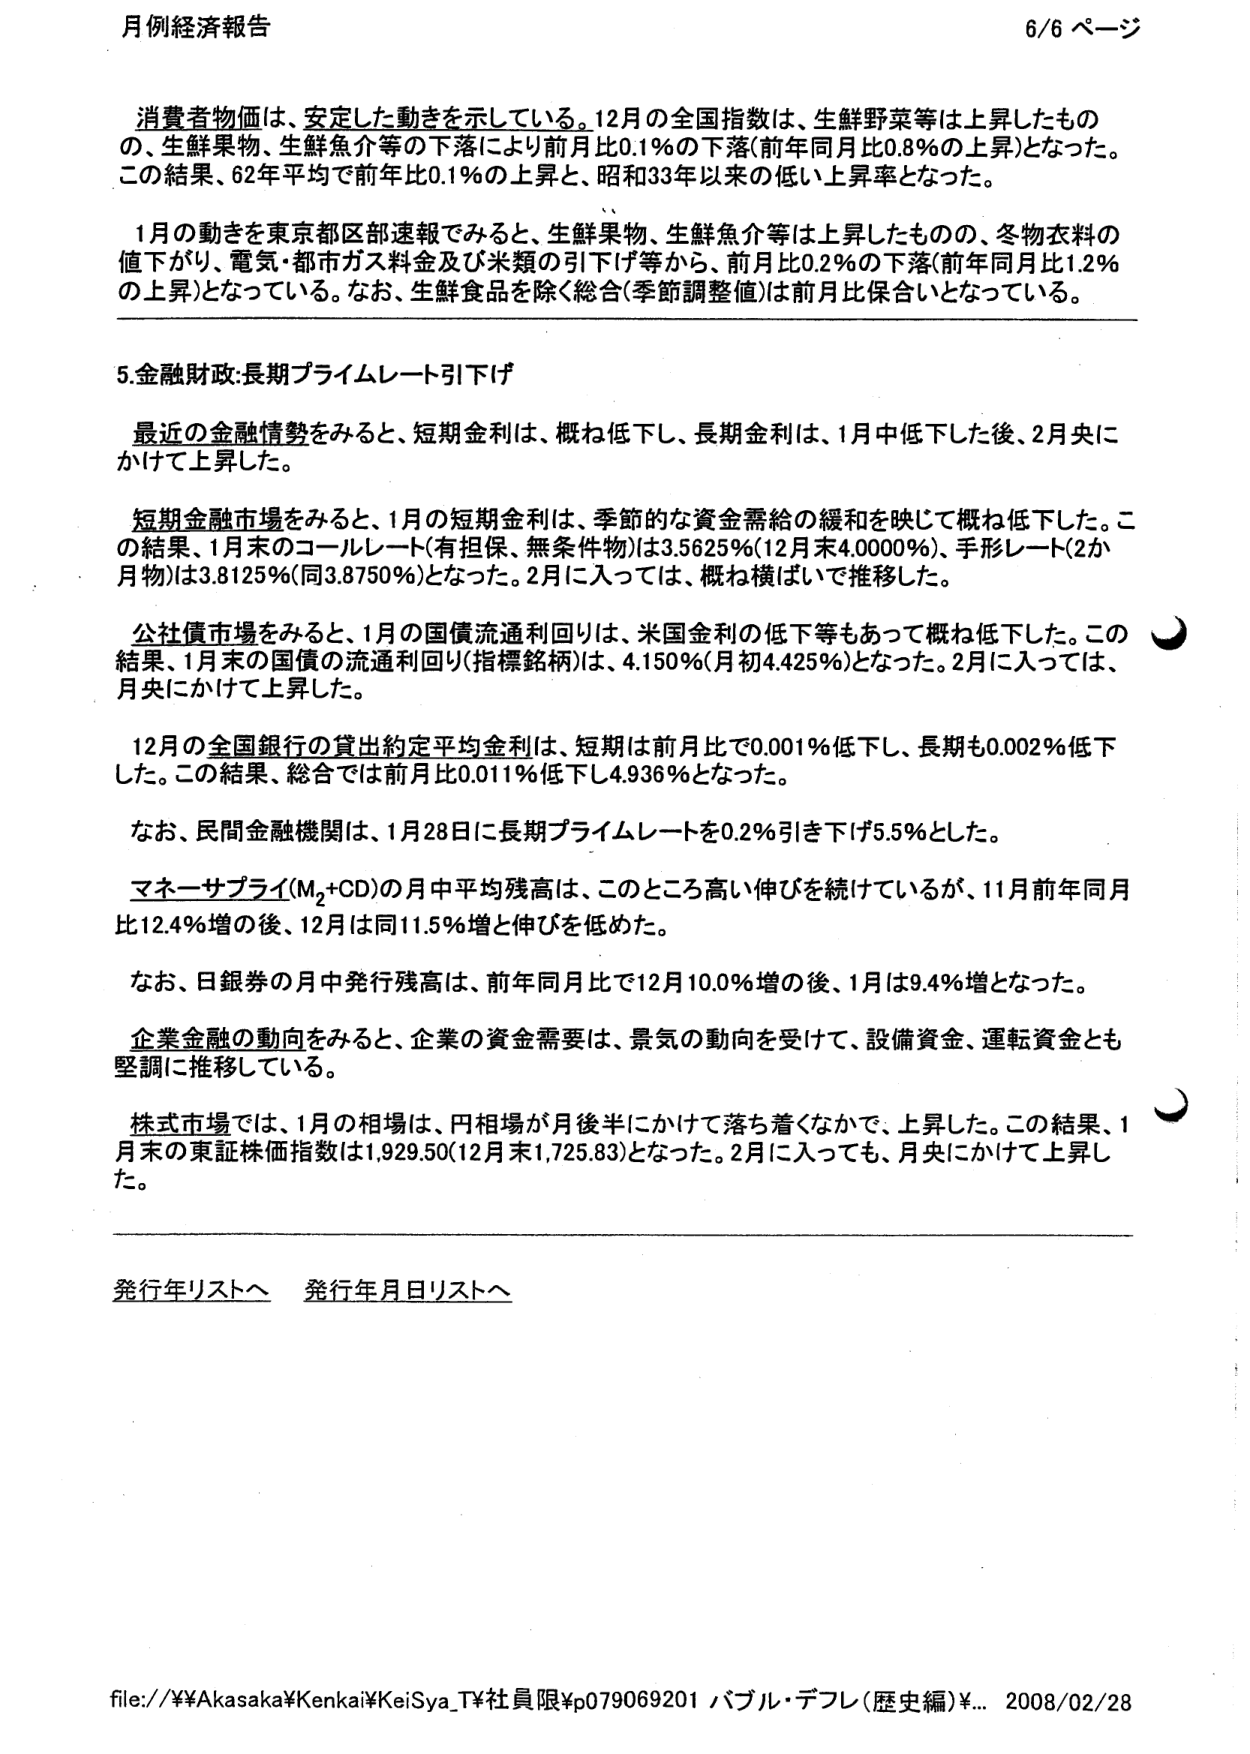
月例経済報告 6/6 ページ

消費者物価は、安定した動きを示している。12月の全国指数は、生鮮野菜等は上昇したもの、生鮮果物、生鮮魚介等の下落により前月比0.1%の下落（前年同月比0.8%の上昇）となった。この結果、62年平均で前年比0.1%の上昇と、昭和33年以来の低い上昇率となった。

1月の動きを東京都区部速報でみると、生鮮果物、生鮮魚介等は上昇したものの、冬物衣料の値下がり、電気・都市ガス料金及び米類の引下げ等から、前月比0.2%の下落（前年同月比1.2%の上昇）となっている。なお、生鮮食品を除く総合（季節調整値）は前月比保合いとなっている。

5.金融財政：長期プライムレート引下げ

最近の金融情勢をみると、短期金利は、概ね低下し、長期金利は、1月中低下した後、2月央にかけて上昇した。

短期金融市場をみると、1月の短期金利は、季節的な資金需給の緩和を映じて概ね低下した。この結果、1月末のコールレート（有担保、無条件物）は3.5625%（12月末4.0000%）、手形レート（2か月物）は3.8125%（同3.8750%）となった。2月に入っては、概ね横ばいで推移した。

公社債市場をみると、1月の国債流通利回りは、米国金利の低下等もあって概ね低下した。この結果、1月末の国債の流通利回り（指標銘柄）は、4.150%（月初4.425%）となった。2月に入っては、月央にかけて上昇した。

12月の全国銀行の貸出約定平均金利は、短期は前月比で0.001%低下し、長期も0.002%低下した。この結果、総合では前月比0.011%低下し4.936%となった。

なお、民間金融機関は、1月28日に長期プライムレートを0.2%引き下げ5.5%とした。

マネーサプライ（M2+CD）の月中平均残高は、このところ高い伸びを続けているが、11月前年同月比12.4%増の後、12月は同11.5%増と伸びを低めた。

なお、日銀券の月中発行残高は、前年同月比で12月10.0%増の後、1月は9.4%増となった。

企業金融の動向をみると、企業の資金需要は、景気の動向を受けて、設備資金、運転資金とも堅調に推移している。

株式市場では、1月の相場は、円相場が月後半にかけて落ち着くなかで、上昇した。この結果、1月末の東証株価指数は1,929.50（12月末1,725.83）となった。2月に入っても、月央にかけて上昇した。

発行年リストへ 発行年月日リストへ

file://¥¥Akasaka¥Kenkai¥KeiSya_T¥社員限¥p079069201 バブル・デフレ（歴史編）¥... 2008/02/28